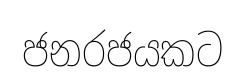
ජනරජයකට